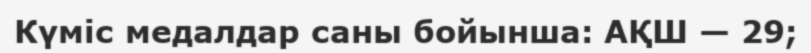
Күміс медалдар саны бойынша: АҚШ — 29;